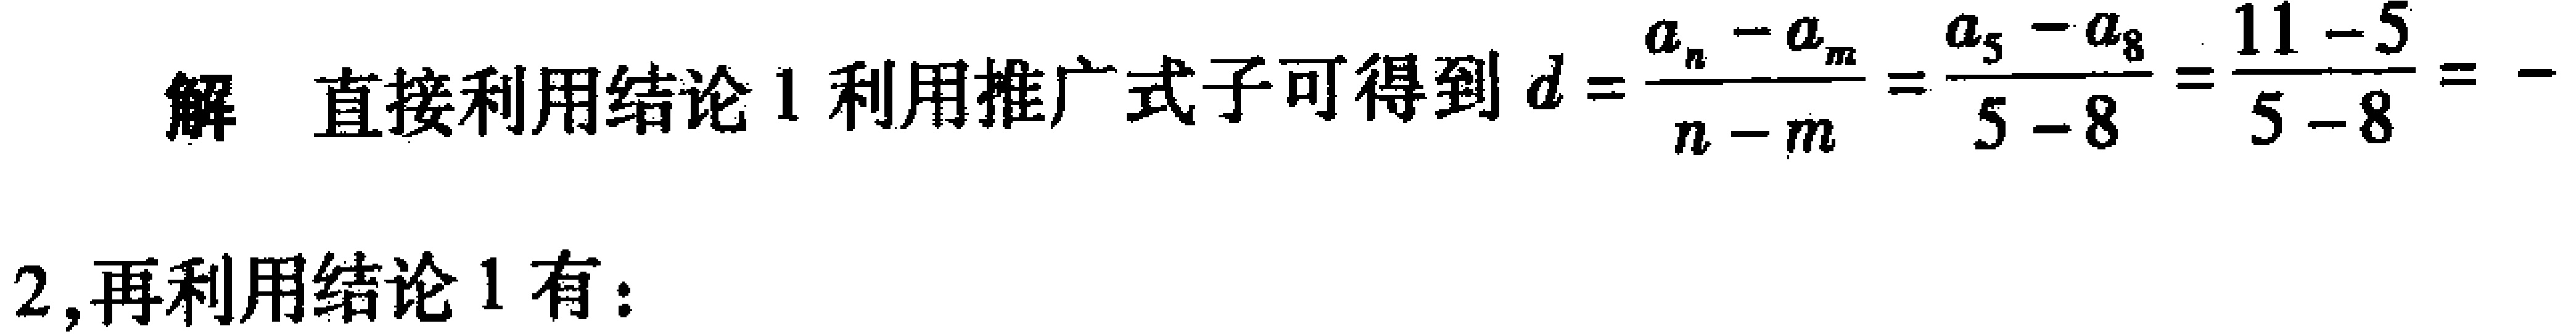
解 直接利用结论 1 利用推广式子可得到 \(d = \frac{a_{n}-a_{m}}{n - m}=\frac{a_{5}-a_{8}}{5 - 8}=\frac{11 - 5}{5 - 8}=- \)
2,再利用结论 1 有：